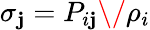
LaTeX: \sigma_{\mathbf{j}}=P_{i\mathbf{j}}\/ \rho_{i}